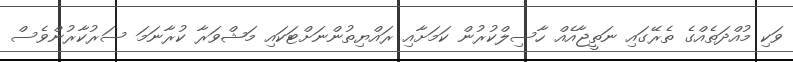
ވަކި މުއްދަތެއްގެ ތެރޭގައި ނަތީޖާއެއް ހާސިލްކުރުން ކަމަށާއި ރައްޔިތުންނަށްޓަކައި މަޝްވަރާ ކުރާނަމަ ސަރުކާރުންވެސް